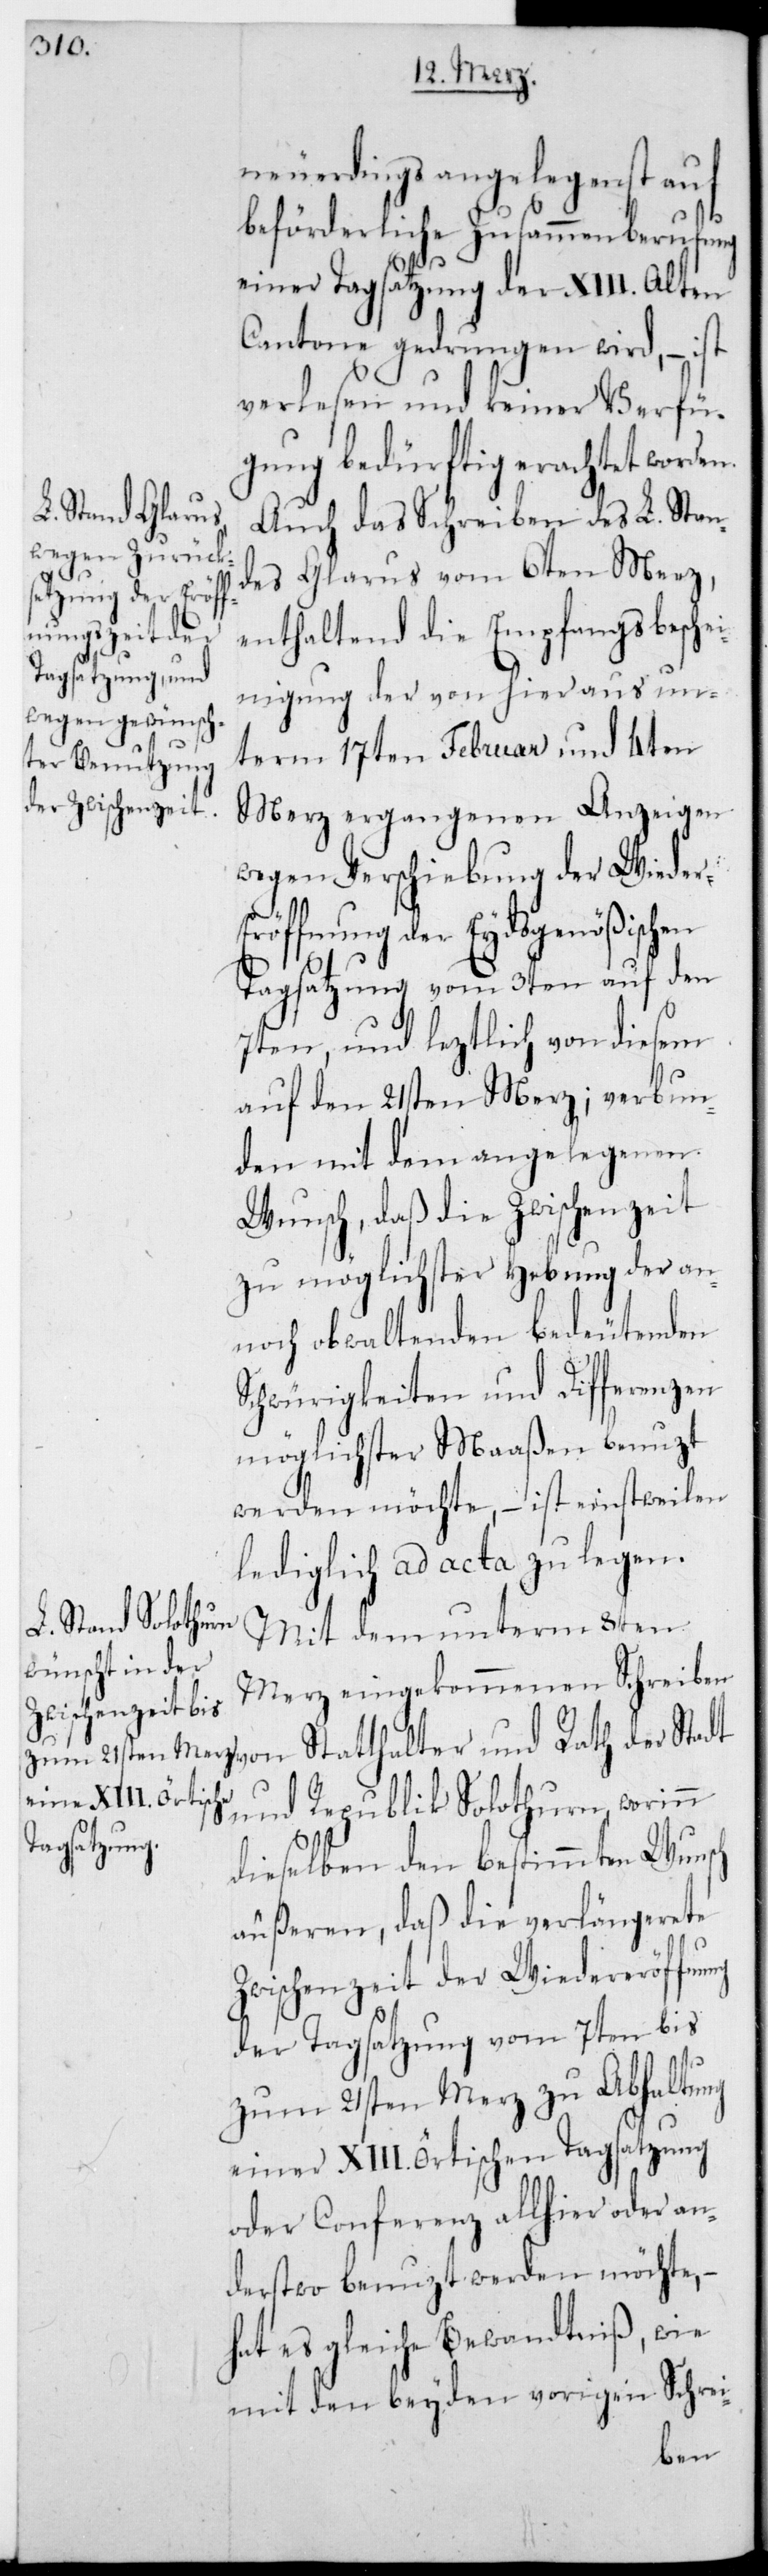
neuerdings angelegenst auf
beförderliche Zusammenberufung
einer Tagsatzung der XIII. Alten
Cantone gedrungen wird, – ist
verlesen und keiner Verfü¬
gung bedürftig erachtet worden.
Auch das Schreiben des L. Stan¬
des Glarus vom 6ten Merz,
enthaltend die Empfangsbesche¬
inigung der von hier aus un¬
term 17ten Februar und 4ten
Merz ergangenen Anzeigen
wegen Verschiebung der Wieder¬
eröffnung der Eydsgenößischen
Tagsatzung vom 3ten auf den
7ten, und leztlich von diesem
auf den 21sten Merz; verbun¬
den mit dem angelegenen
Wunsch, daß die Zwischenzeit
zu möglichster Hebung der an¬
noch obwaltenden bedeutenden
Schwürigkeiten und Differenzen
möglichster Maaßen benutzt
werden möchte, – ist einstweilen
lediglich ad acta zu legen.
Mit dem unterm 8ten
Merz eingekommenen Schreiben
von Statthalter und Rath der Stadt
und Republik Solothurn, worinn
dieselben den bestimmten Wunsch
äußeren, daß die verlängerete
Zwischenzeit der Wiedereröffnung
der Tagsatzung vom 7ten bis
zum 21sten Merz zu Abhaltung
einer XIII. örtischen Tagsatzung
oder Conferenz allhier oder an¬
derstwo benutzt werden möchte, –
hat es gleiche Bewandtniß – wie
mit den beyden vorigen Schrei-